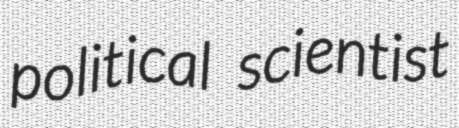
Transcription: political scientist